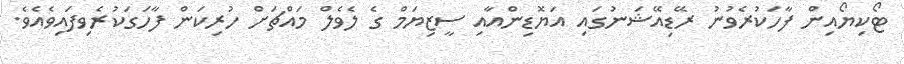
ޓޯކިޔޯއިން ފާހަކުރެވުނު ރޭޑިއޭޝަަނުގައި އަޔޮޑިންއާއި ސީޒިޔަމް ގެ ލެވެލް މައްޗަށް ހުރިކަން ފާހަގަކުރެވިފައިވެއެވެ.